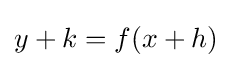
y+k=f(x+h)